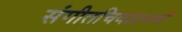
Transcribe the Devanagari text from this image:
संगीतचिवडामणी